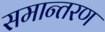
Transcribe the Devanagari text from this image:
समान्तरण